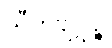
သီဟဗျဂ္ဃဉ္စ